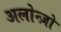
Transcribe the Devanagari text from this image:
अलोन्ज़ो